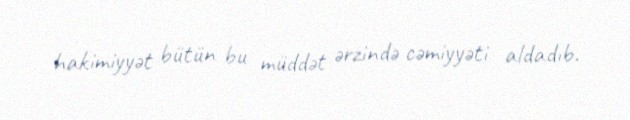
hakimiyyət bütün bu müddət ərzində cəmiyyəti aldadıb.